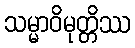
သမ္မာဝိမုတ္တိဿ